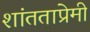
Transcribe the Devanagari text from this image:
शांतताप्रेमी